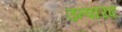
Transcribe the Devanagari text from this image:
उत्पारद